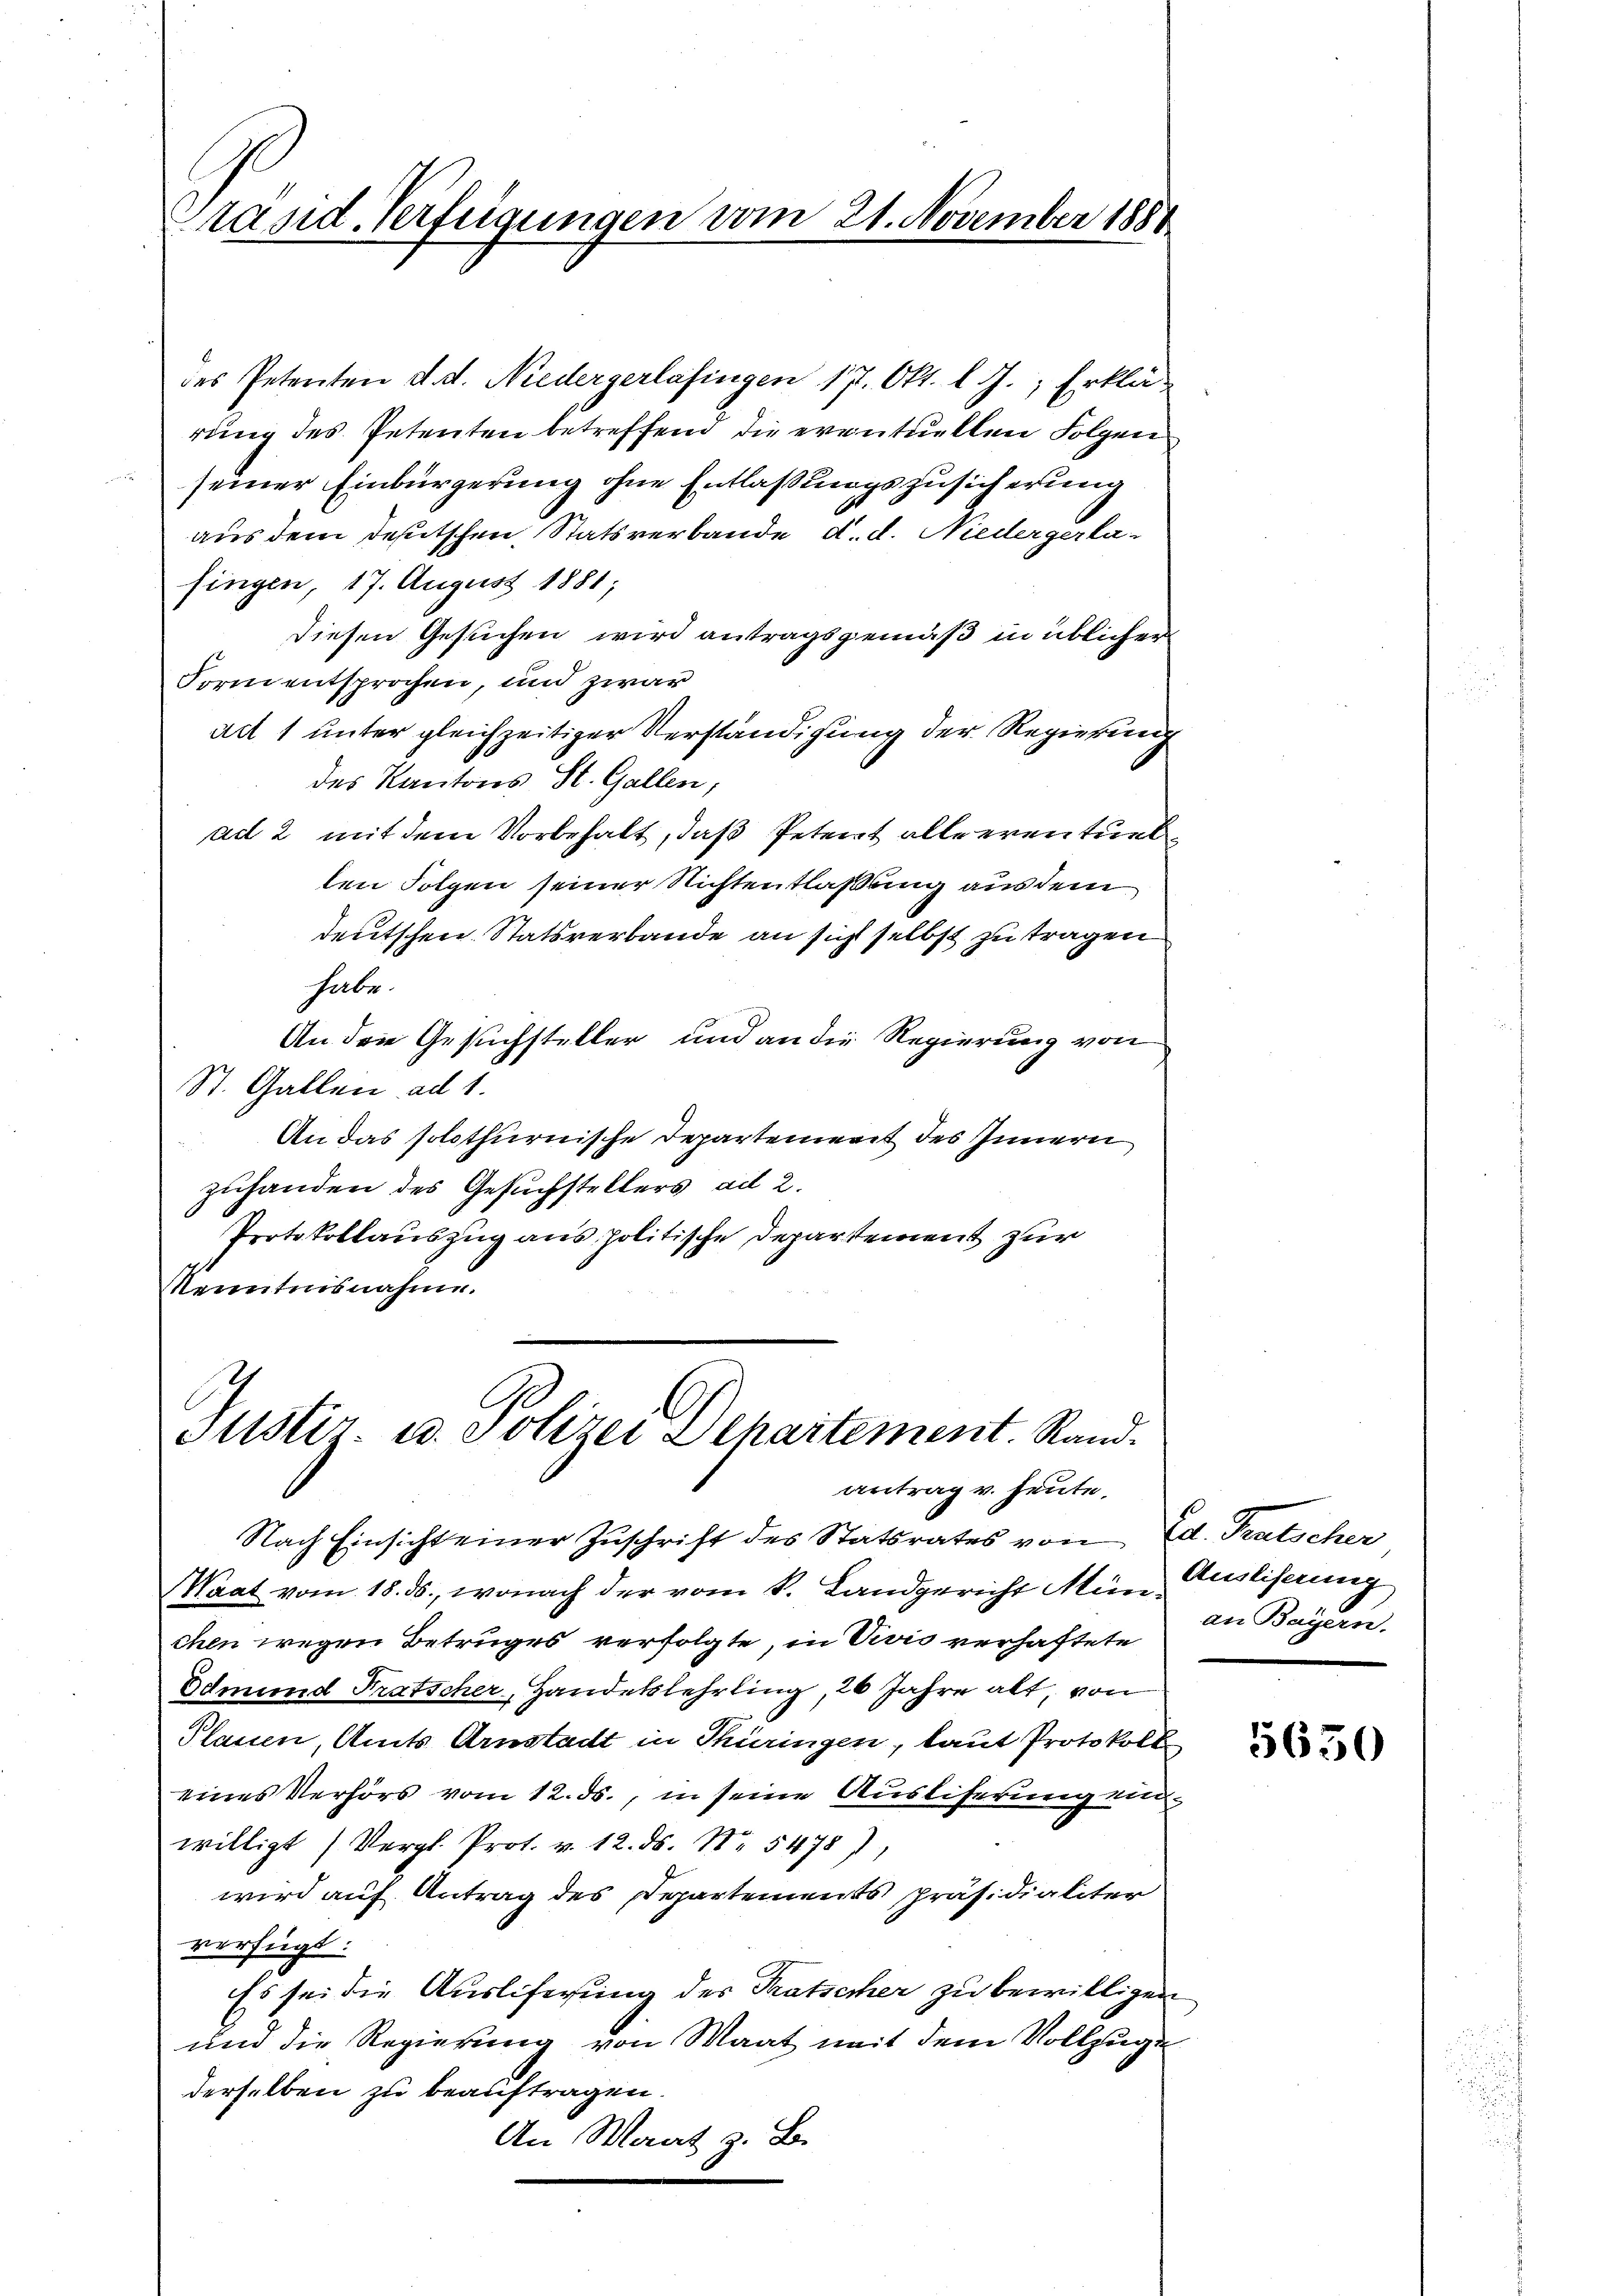
Stand. Verfügungen vom 21. November 188

des Petenten d. d. Niedergerlasingen 17. Okt. l. J., Erklä-
rung des Petenten betreffend die eventuellen Folgen
seiner Einbürgerung ohne Entlaßungszusicherung
aus dem deutschen, Statsverbande d. d. Niedergerlafingen, 17. August 1881;
diesen Gesuchen wird antragsgemäß in üblicher
Form entsprochen, und zwar
adt 1 unter gleichzeitiger Verständigung der Regierung
des Kantons St. Gallen,
ad 2 mit dem Vorbehalt, daß Petent alleerentuel
len Folgen seiner Nichtentlaßung aus dem
deutschen Statsverbande an sicht selbst zu tragen
habe.
An den Gesuchsteller und an die Regierung von
St. Gallen ad 1.
An das solothurnische Departement des Innern
zuhanden des Gesuchstellers ad 2.
Protokollauszug aus politische Departement zur
Kenntnisnahme.

Justiz- u. Polizei Departement. Rand.
antrag v. heute.

Nach Einsicht einer Zuschrift des Statsrates von Ed. Trutscher
Waat vom 18. ds., wonach der vom k. Landgericht Mein Ausliserung
chen wegen Betruges verfolgte, in Vivis verhaftete
Edmund Fratscher, Handelslehrling, 26 Jahre alt, von
Plausen, Amts Arnstadt in Thüringen, laut Protokoll
eines Verhörs vom 12. ds., in seine Ausliferung einwilligt (Vergl. Prot. v. 12. ds. Nr. 5478),
wird auf Antrag des Departements präsidialiter
verfügt:
Es sei die Ausliferung des Tratscher zu bewilligen
und die Regierung von Maat mit dem Vollzuge
derselben zu beauftragen.
An Maat z. B.

an Bayern.

5650